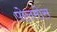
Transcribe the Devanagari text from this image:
पोलमोस